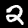
Label: 2